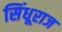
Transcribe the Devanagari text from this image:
सिंधूराज